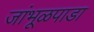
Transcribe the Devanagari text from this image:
जांभूळपाडा